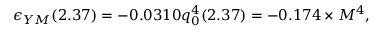
\epsilon _ { Y M } ( 2 . 3 7 ) = - 0 . 0 3 1 0 q _ { 0 } ^ { 4 } ( 2 . 3 7 ) = - 0 . 1 7 4 \times M ^ { 4 } ,